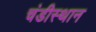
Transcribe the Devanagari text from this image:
चंडीस्थान